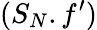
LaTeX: (S_{N}.f^{\prime})